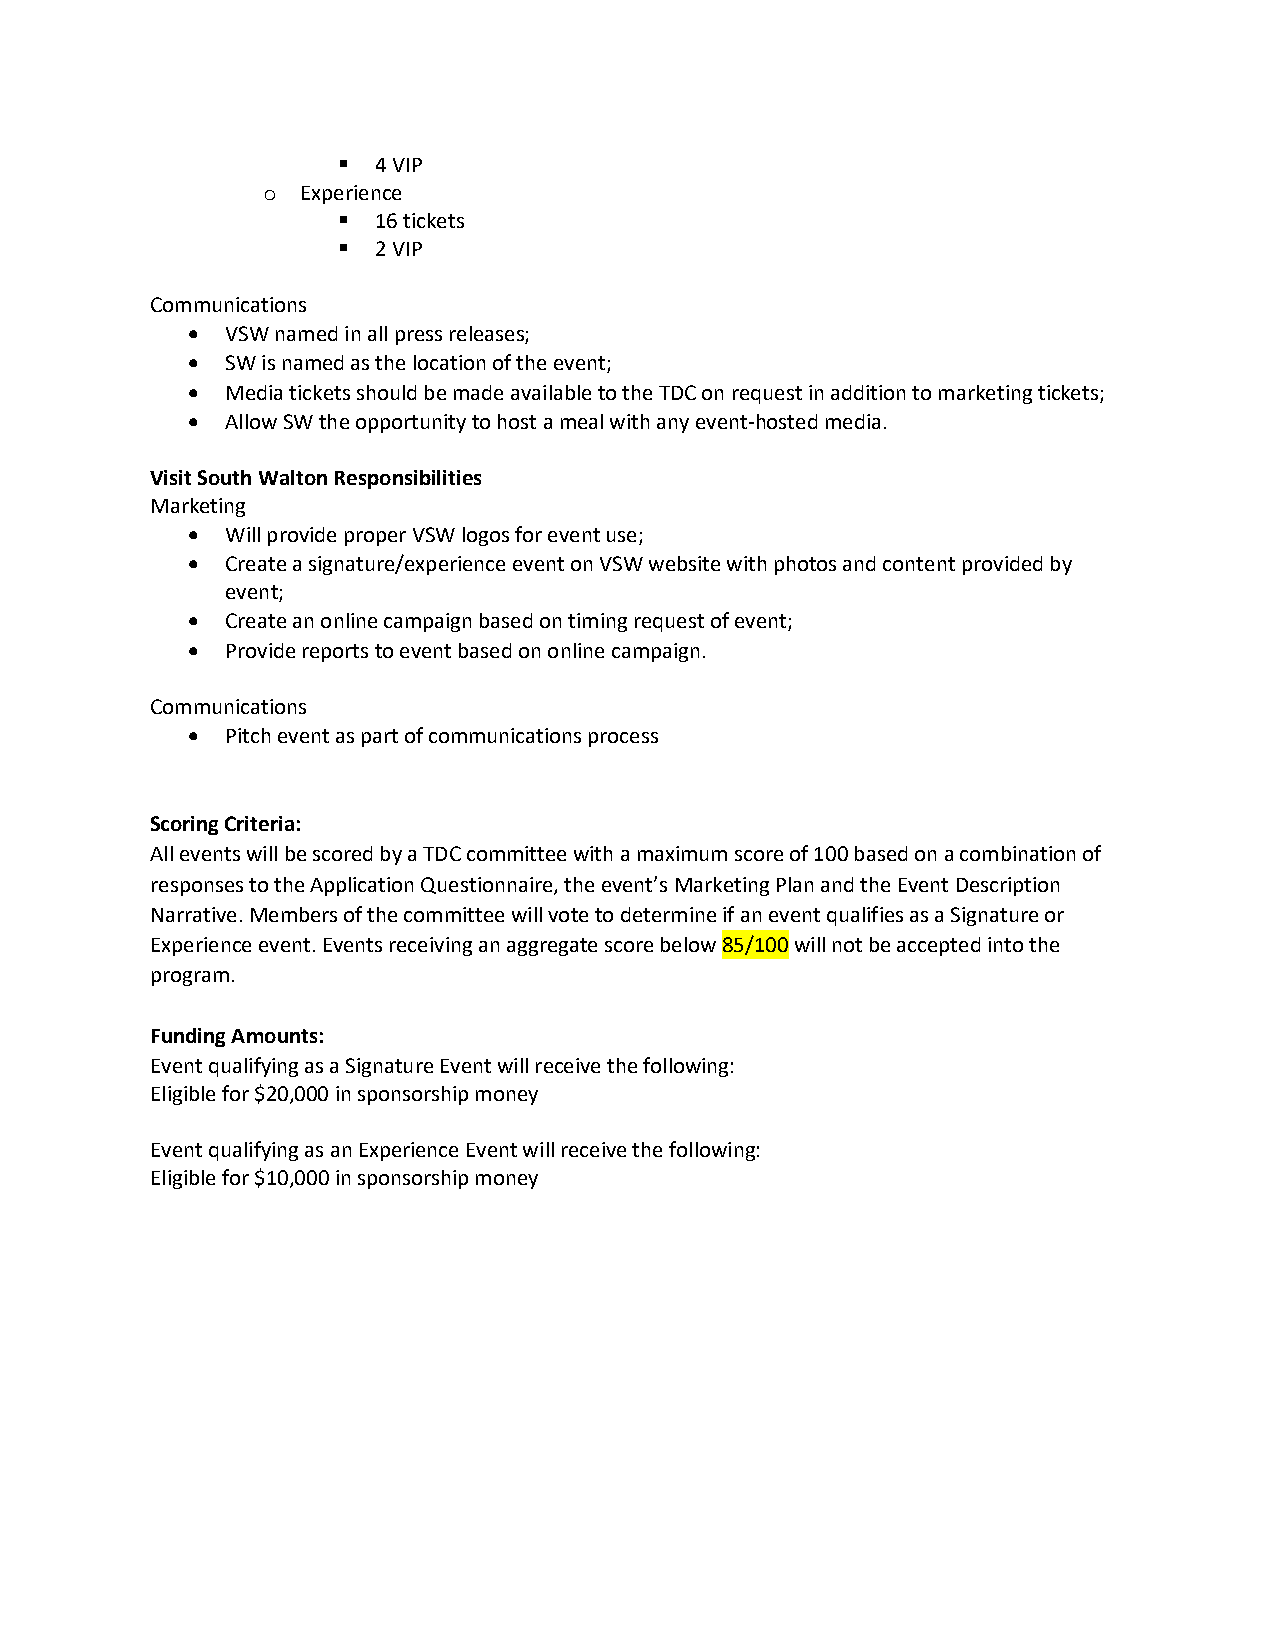
▪  4 VIP
 o  Experience
 ▪  16 tickets
 ▪  2 VIP
 Communications
 •  VSW named in all press releases;
 •  SW is named as the location of the event;
 •  Media tickets should be made available to the TDC on request in addition to marketing tickets;
 •  Allow SW the opportunity to host a meal with any event-hosted media.
 Visit South Walton Responsibilities
 Marketing
 •  Will provide proper VSW logos for event use;
 •  Create a signature/experience event on VSW website with photos and content provided by
 event;
 •  Create an online campaign based on timing request of event;
 •  Provide reports to event based on online campaign.
 Communications
 •  Pitch event as part of communications process
 Scoring Criteria:
 All events will be scored by a TDC committee with a maximum score of 100 based on a combination of
 responses to the Application Questionnaire, the event’s Marketing Plan and the Event Description
 Narrative. Members of the committee will vote to determine if an event qualifies as a Signature or
 Experience event. Events receiving an aggregate score below 85/100 will not be accepted into the
 program.
 Funding Amounts:
 Event qualifying as a Signature Event will receive the following:
 Eligible for $20,000 in sponsorship money
 Event qualifying as an Experience Event will receive the following:
 Eligible for $10,000 in sponsorship money